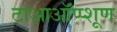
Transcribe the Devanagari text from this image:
टाआऑंप्प्शूण